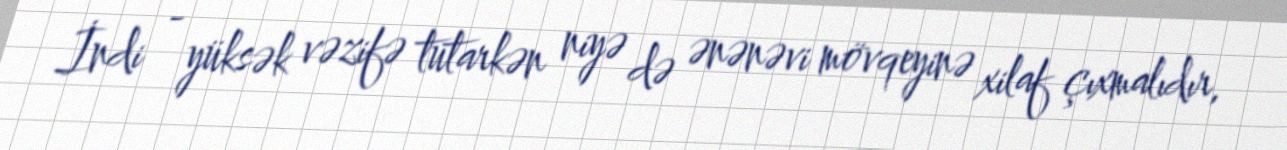
İndi - yüksək vəzifə tutarkən niyə də ənənəvi mövqeyinə xilaf çıxmalıdır,